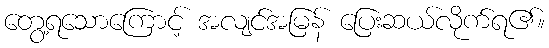
တွေ့ရသောကြောင့် အလျင်အမြန် ပြေးဆယ်လိုက်ရ၏။